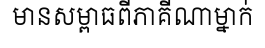
មានសម្ពាធពីភាគីណាម្នាក់